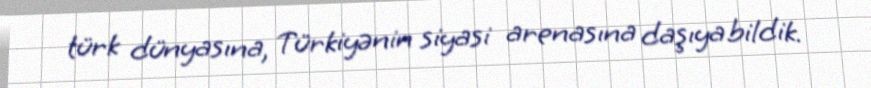
türk dünyasına, Türkiyənin siyasi arenasına daşıya bildik.